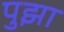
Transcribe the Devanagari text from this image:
पुझा